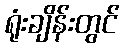
ရုံးချိန်းတွင်